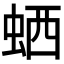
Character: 𬠂